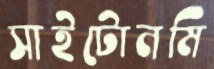
সাইটোনমি